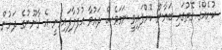
ކުށެއްގެ ގޮތުގައި ބަޔާން ކޮށްފައިވީ ނަމަވެސް ދައުވާ އުފުލާފައިވަނީ އެ ޤާނޫނުގެ ދަށުން